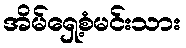
အိမ်ရှေ့စံမင်းသား